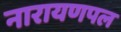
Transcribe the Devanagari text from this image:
नारायणपल